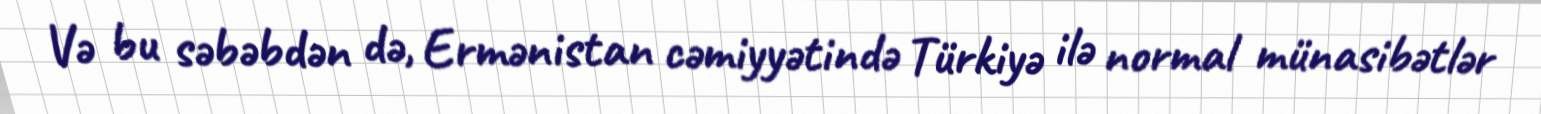
Və bu səbəbdən də, Ermənistan cəmiyyətində Türkiyə ilə normal münasibətlər